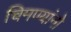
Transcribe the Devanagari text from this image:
चिमण्यांनो